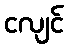
ငလျင်